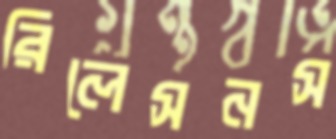
রিলেসনস